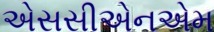
એસસીએનએમ